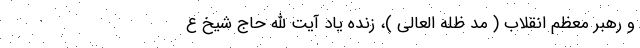
و رهبر معظم انقلاب ( مد ظله العالی )، زنده یاد آیت الله حاج شیخ ع